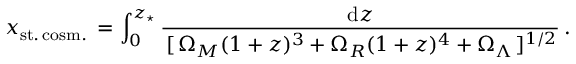
x _ { \mathrm { s t . \, c o s m . } } \, = \int _ { 0 } ^ { z _ { \star } } \frac { \mathrm { d } z } { \, [ \, \Omega _ { M } ( 1 + z ) ^ { 3 } + \Omega _ { R } ( 1 + z ) ^ { 4 } + \Omega _ { \Lambda } \, ] ^ { 1 / 2 } } \, .